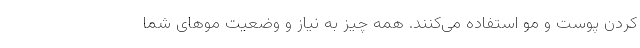
کردن پوست و مو استفاده می‌کنند. همه چیز به نیاز و وضعیت موهای شما